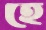
হে